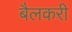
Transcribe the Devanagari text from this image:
बैलकरी